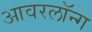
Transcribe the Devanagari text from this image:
आवरलॉन्ग